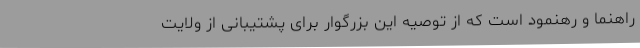
راهنما و رهنمود است که از توصیه این بزرگوار برای پشتیبانی از ولایت